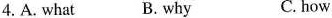
4. A. What B. why C. how